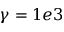
\gamma = 1 e 3